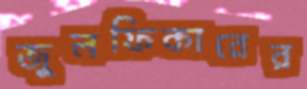
জুলফিকারের